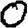
Digit: 0